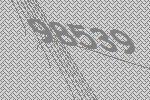
98539